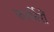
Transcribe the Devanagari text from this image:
फनर्चिरों